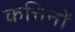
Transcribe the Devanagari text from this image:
कत्तिनों